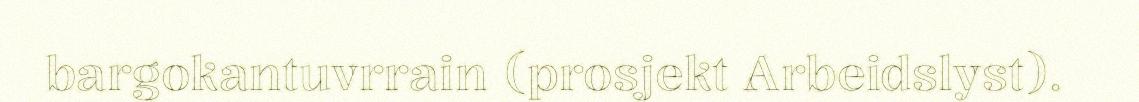
bargokantuvrrain (prosjekt Arbeidslyst).